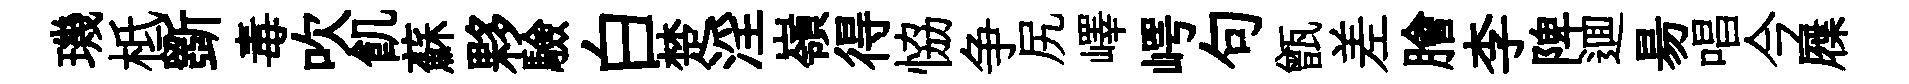
璣柢斵毒吹飢蘇夥驗白楚淫嶺得恊争尻嶧崿句甑差膾李陴逥昜唱今屧